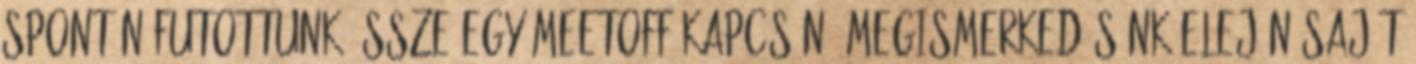
spontán futottunk össze egy MeetOff kapcsán. Megismerkedésünk elején saját